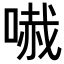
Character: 𠻏